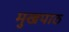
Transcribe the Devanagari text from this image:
मुखपाठ